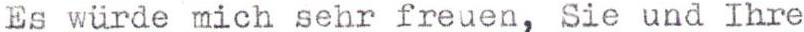
Es würde mich sehr freuen, Sie und Ihre